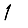
Digit: 1